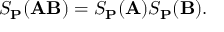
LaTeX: S _ { \mathbf { P } } ( \mathbf { A B } ) = S _ { \mathbf { P } } ( \mathbf { A } ) S _ { \mathbf { P } } ( \mathbf { B } ) .